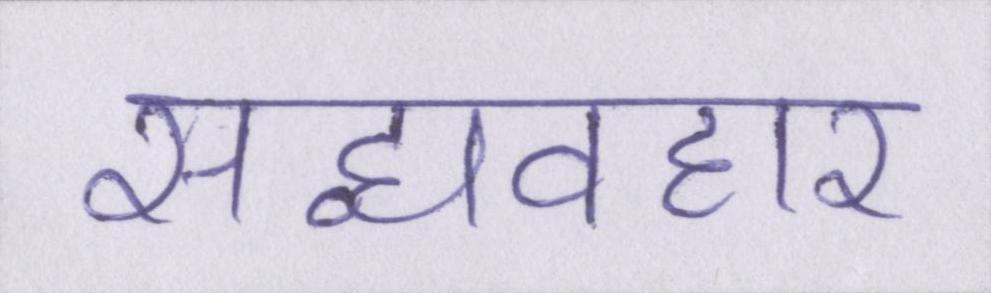
सद्व्यवहार